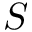
S